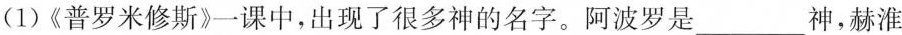
(1)《普罗米修斯》一课中，出现了很多神的名字。阿波罗是___神，赫淮